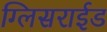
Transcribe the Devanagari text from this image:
ग्लिसराईड